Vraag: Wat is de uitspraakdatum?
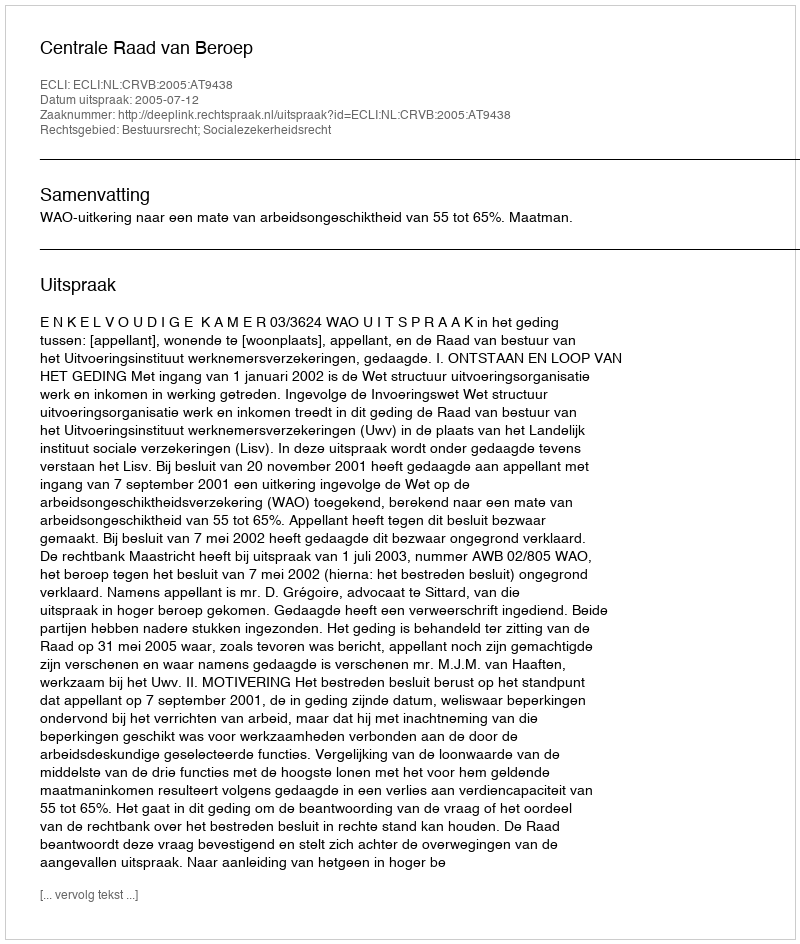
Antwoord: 2005-07-12